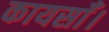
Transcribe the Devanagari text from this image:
कायसाँ।